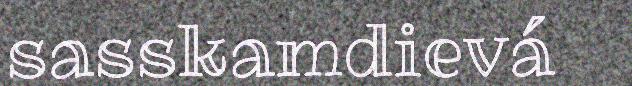
sasskamdievá